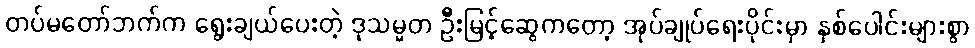
တပ်မတော်ဘက်က ရွေးချယ်ပေးတဲ့ ဒုသမ္မတ ဦးမြင့်ဆွေကတော့ အုပ်ချုပ်ရေးပိုင်းမှာ နှစ်ပေါင်းများစွာ